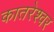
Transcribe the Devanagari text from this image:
कातरेश्वर